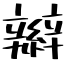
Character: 辮